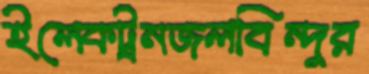
ইলেকট্রনজলবিন্দুর